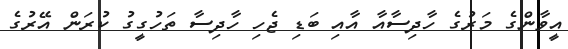
އީވާންގެ މަރުގެ ހާދިސާއާ އާއި ބަޑި ޖެހި ހާދިސާ ތަހުގީގު ކުރަން އޭރުގެ